Annual report on the mental hospital in the Central Provinces and Berar (Nagpur) - 1927-1951
Year: 1927
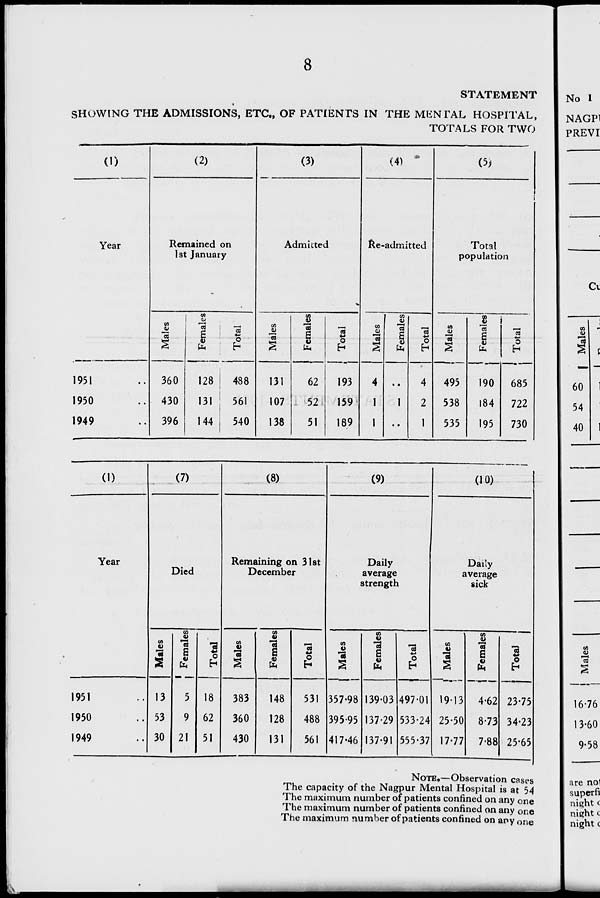
8
STATEMENT
SHOWING THE ADMISSIONS, ETC., OF PATIENTS IN THE MENTAL HOSPITAL,
TOTALS FOR TWO
No I
(1)
(2)
(3)
(4) *
(5>
Year
Remained on
Admitted
Re-admitted
Total
1st January
population
CO
3
Females
Total
co
JO
3 S
til
"3
O
P
CO
cu
"co
I
co
"«
s
4)
to
13
o
h
co
JO
"eo
1
J
CO
i 0
to
4->
0
H
1951
360
128
488
131
62
193
4
4
495
190
685
1950
430
.31
561
107
52
159
1
1
2
538
184
722
1949
396
144
540
138
51
189
1
• •
1
535
195
730
CO
<u
60
54
40
(1)
Year
1951
1950
1949
(7)
Died
co
4)
CO
cu
A
73
B
s to
13
5
53
9
30 21
03
4->
O
h
18
62
51
(8)
Remaining on 31st
December
CO
4>
383
360
430
CO
CD
to
148
128
131
CO
+-»
O
531
488
561
co
(9)
Daily
average
strength
357-98
395-95
417-46
CO
B
4)
to
13903
137-29
137-91
CO
o
497-01
533-24
(10)
Daily
average
sick
IS
19-13
25-50
555-37 17-77
j Females
1
4-62
8-73
7-88
c<j
23-75
34-23
25-65
NOTE.—Observation cases
The capacity of the Nagpur Mental Hospital is at 54
The maximum number of patients confined on any one
The maximum number of patients confined on any one
The maximum number of patients confined on any one
co
<u
CO